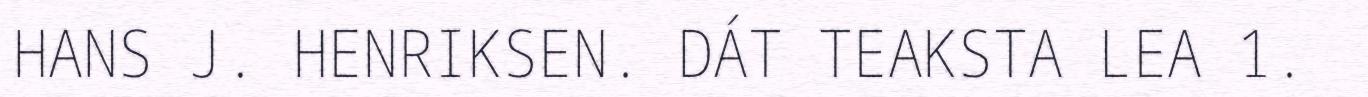
HANS J. HENRIKSEN. DÁT TEAKSTA LEA 1.